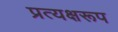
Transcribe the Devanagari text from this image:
प्रत्यक्षरूप